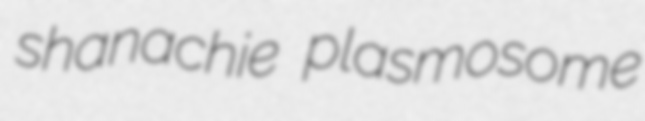
shanachie plasmosome